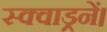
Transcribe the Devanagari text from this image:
स्क्वाड्रनें।